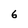
Character: 6